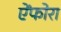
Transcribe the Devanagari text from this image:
ऐंफोरा